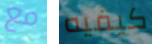
مع كيفيه